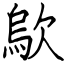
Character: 歍